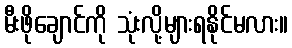
မီးဖိုချောင်ကို သုံးလို့များရနိုင်မလား။